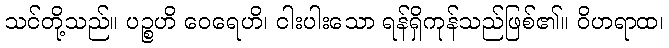
သင်တို့သည်။ ပဉ္စဟိ ဝေရေဟိ၊ ငါးပါးသော ရန်ရှိကုန်သည်ဖြစ်၏။ ဝိဟရာထ၊